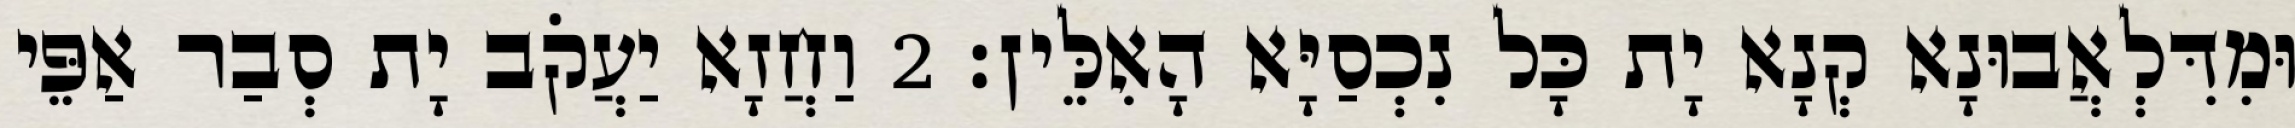
וּמִדִּלְאֲבוּנָא קְנָא יָת כָּל נִכְסַיָּא הָאִלֵּין׃ 2 וַחֲזָא יַעֲקֹב יָת סְבַר אַפֵּי